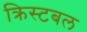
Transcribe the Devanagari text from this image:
क्रिस्टबल